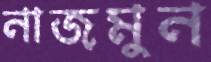
নাজমুন